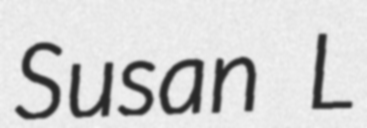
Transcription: Susan L